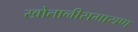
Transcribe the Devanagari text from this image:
खोतानीरामायण